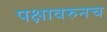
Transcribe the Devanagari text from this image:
पक्षावरुनच